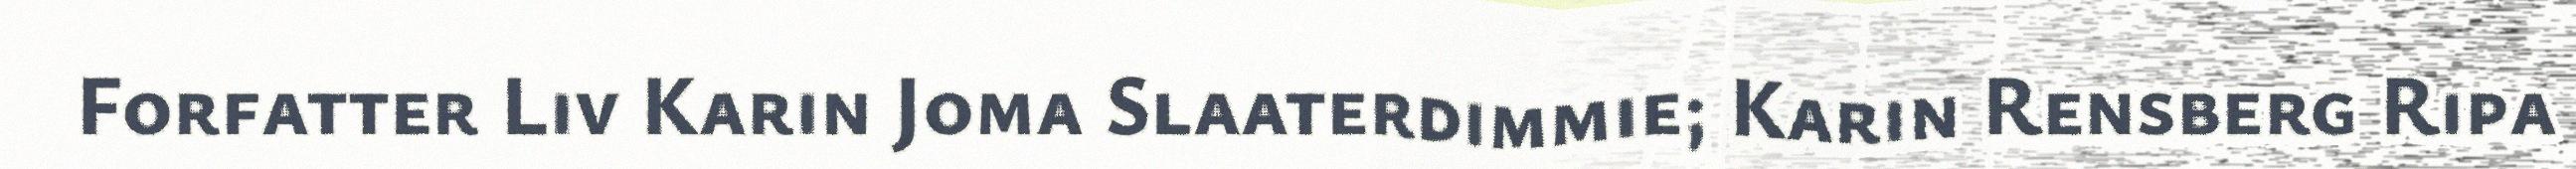
Forfatter Liv Karin Joma Slaaterdimmie; Karin Rensberg Ripa